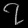
Digit: ၇